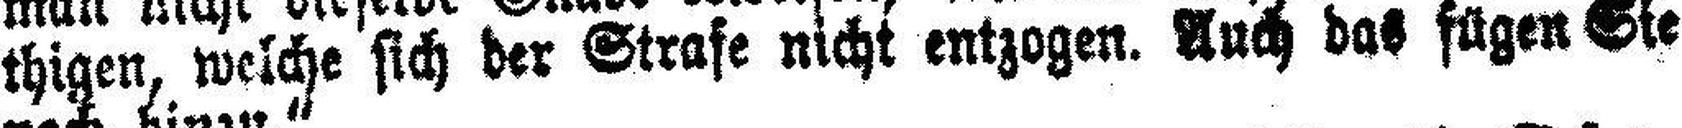
thigen, welche sich der Strafe nicht entzogen. Auch das fügen Sie